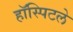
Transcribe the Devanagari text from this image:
हॉस्पिटले